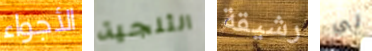
الأجواء الثلجية رشيقة لي